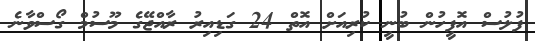
ފުލުސް އޮފީހުން ބުނީ ކުރިއަށް އޮތް 24 ގަޑިއިރު ރާއްޖޭގެ މޫސުމް ގޯސްވާނެ